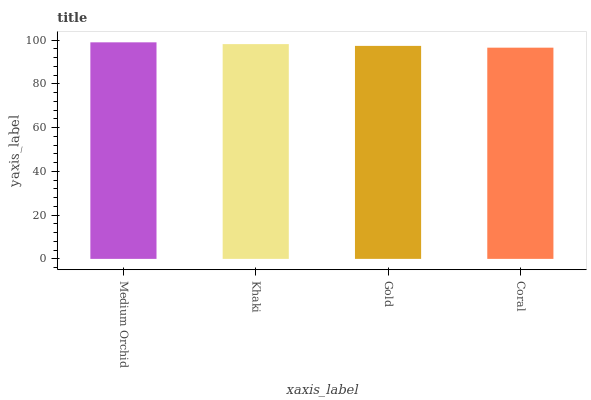
| xaxis_label | bars |
 | --- | --- |
 | Medium Orchid | 99 |
 | Khaki | 98.2 |
 | Gold | 97.4 |
 | Coral | 96.6 |